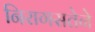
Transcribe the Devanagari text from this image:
निरागसतेने